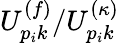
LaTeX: U_{p_{i}k}^{(f)}/{U}_{p_{i}k}^{(\kappa)}